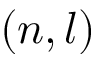
( n , l )